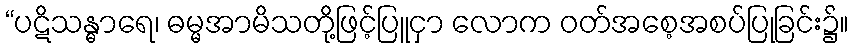
“ပဋိသန္ဓာရေ၊ ဓမ္မအာမိသတို့ဖြင့်ပြူငှာ လောက ဝတ်အစေ့အစပ်ပြုခြင်း၌။